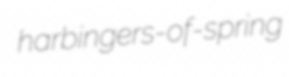
harbingers-of-spring